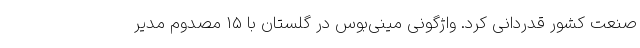
صنعت کشور قدردانی کرد. واژگونی مینی‌بوس در گلستان با 15 مصدوم مدیر